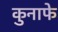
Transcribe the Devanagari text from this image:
कुनाफे